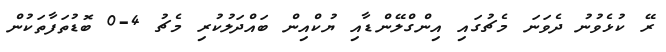
ރޭ ކުޅެވުނު ދެވަނަ މެޗުގައި އިންގްލޭންޑާއި ޔުކްއިން ބައްދަލުކުރި މެޗު 4-0 ބޮޑުތަފާތަކުން